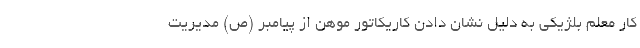
کار معلم بلژیکی به دلیل نشان دادن کاریکاتور موهن از پیامبر (ص) مدیریت